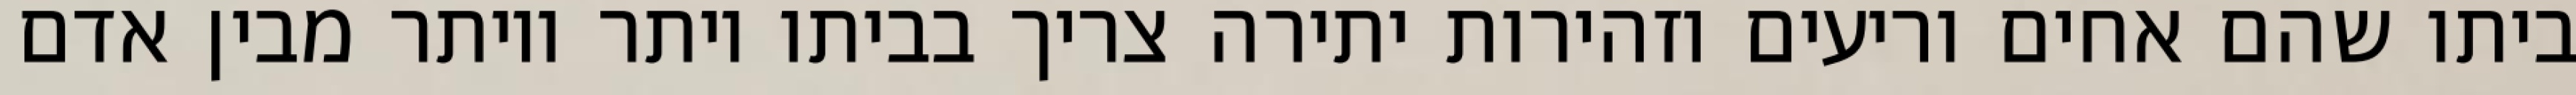
ביתו שהם אחים וריעים וזהירות יתירה צריך בביתו יותר ויותר מבין אדם